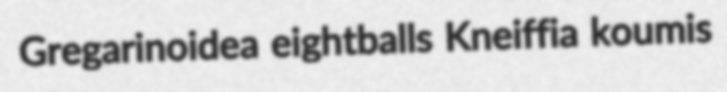
Gregarinoidea eightballs Kneiffia koumis